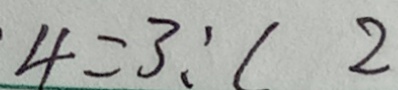
4 = 3 : ( 2